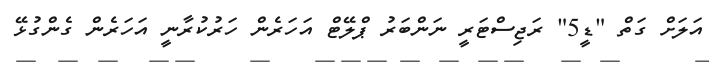
އަލަށް ގަތް "ޑީ5" ރަޖިސްޓަރީ ނަންބަރު ޕްލޭޓް އަހަރެން ހަރުކުރާނީ އަހަރެން ގެންގުޅޭ